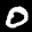
Label: 0